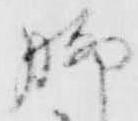
脚